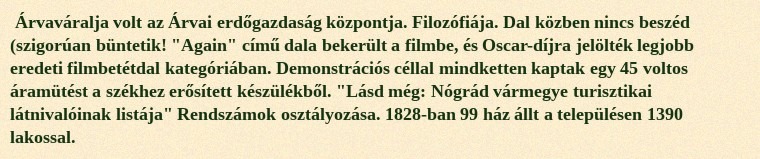
Árvaváralja volt az Árvai erdőgazdaság központja. Filozófiája. Dal közben nincs beszéd (szigorúan büntetik! "Again" című dala bekerült a filmbe, és Oscar-díjra jelölték legjobb eredeti filmbetétdal kategóriában. Demonstrációs céllal mindketten kaptak egy 45 voltos áramütést a székhez erősített készülékből. "Lásd még: Nógrád vármegye turisztikai látnivalóinak listája" Rendszámok osztályozása. 1828-ban 99 ház állt a településen 1390 lakossal.